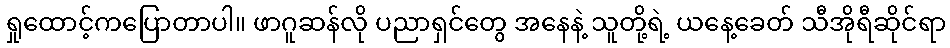
ရှုထောင့်ကပြောတာပါ။ ဖာဂူဆန်လို ပညာရှင်တွေ အနေနဲ့ သူတို့ရဲ့ ယနေ့ခေတ် သီအိုရီဆိုင်ရာ